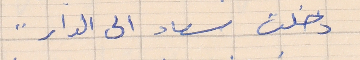
دخلت سعاد الى الدار  . .